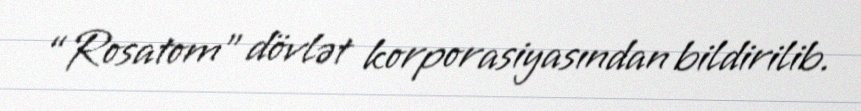
“Rosatom” dövlət korporasiyasından bildirilib.